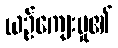
ယဉ်ကျေးမှု၏